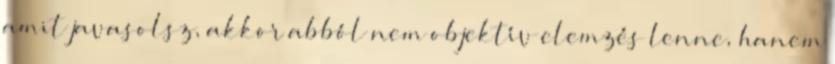
amit javasolsz, akkor abból nem objektív elemzés lenne, hanem